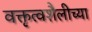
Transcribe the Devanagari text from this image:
वक्तृत्वशैलीच्या